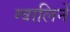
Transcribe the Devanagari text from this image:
ग्वालिनें